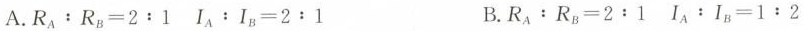
A.$$R_{A}：R_{B}=2:1$$ $$I_{A}：I_{B}=2:1$$ B.$$R_{A}：R_{B}=2:1$$$$ I_{A}：I_{B}=1:2$$